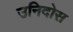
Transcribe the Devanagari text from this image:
उनिदोस